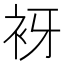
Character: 𧘪